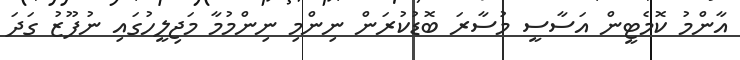
އާންމު ކޮމެޓީން އަސާސީ މުސާރަ ބޮޑުކުރަން ނިންމި ނިންމުމާ މަޖިލީހުގައި ނުފޫޒު ގަދަ